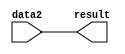
module mov_module (data2,result);
    input [7:0] data2;
    output [7:0] result;

    assign result = data2;

endmodule

module add_module (data1,data2,result);
    input [7:0] data1;
    input [7:0] data2;
    output reg [7:0] result;
    
    always @(*) 
    begin   // add - sub
    if (data2 < 0)  // or we can use (data2[7]) as the condition
        result = data1 - data2;
    else
        result = data1 + data2;
    end

endmodule

module and_module (data1,data2,result);
    input [7:0] data1;
    input [7:0] data2;
    output [7:0] result;

    assign result = data1 & data2;

endmodule

module or_module (data1,data2,result);
    input [7:0] data1;
    input [7:0] data2;
    output [7:0] result;

    assign result = data1 | data2;


endmodule

module alu (data1,data2,result,select);
    input [7:0] data1;
    input [7:0] data2;
    output reg [7:0] result; // if we want to use wire insted of reg , we woud have to use 'assign' to do that use internal_result and assign to result at the end
    input [2:0] select;

    // making wires to have each module's answer.
    wire [7:0] mov_result;     
    wire [7:0] add_result;
    wire [7:0] and_result;
    wire [7:0] or_result;

    // making instences for each module with seperated output 
    mov_module u0(data2, mov_result);
    add_module u1(data1, data2, add_result);
    and_module u3(data1, data2, and_result);
    or_module u4(data1, data2, or_result);

    // always block * to run the block whenever any input changes  
    always @(*)
    begin
        case (select) //to select what to output as a mux
        3'b000: // forward
            #1 result = mov_result; 
        3'b001: // add or sub
            #2 result = add_result;
        3'b010: // and
            #1 result = and_result;
        3'b011: // or
            #1 result = or_result;
        //default: 3'b1xx is reserved        
        
        endcase
    end 
endmodule